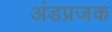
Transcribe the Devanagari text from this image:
अंडप्रजक